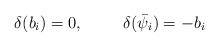
\begin{align*} \delta (b_i)=0, \hspace{1cm} \delta (\bar{\psi}_i)=-b_i\end{align*}